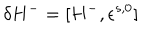
LaTeX: \delta H ^ { - } = [ H ^ { - } , \epsilon ^ { s , 0 } ]